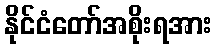
နိုင်ငံတော်အစိုးရအား